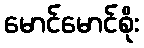
မောင်မောင်စိုး